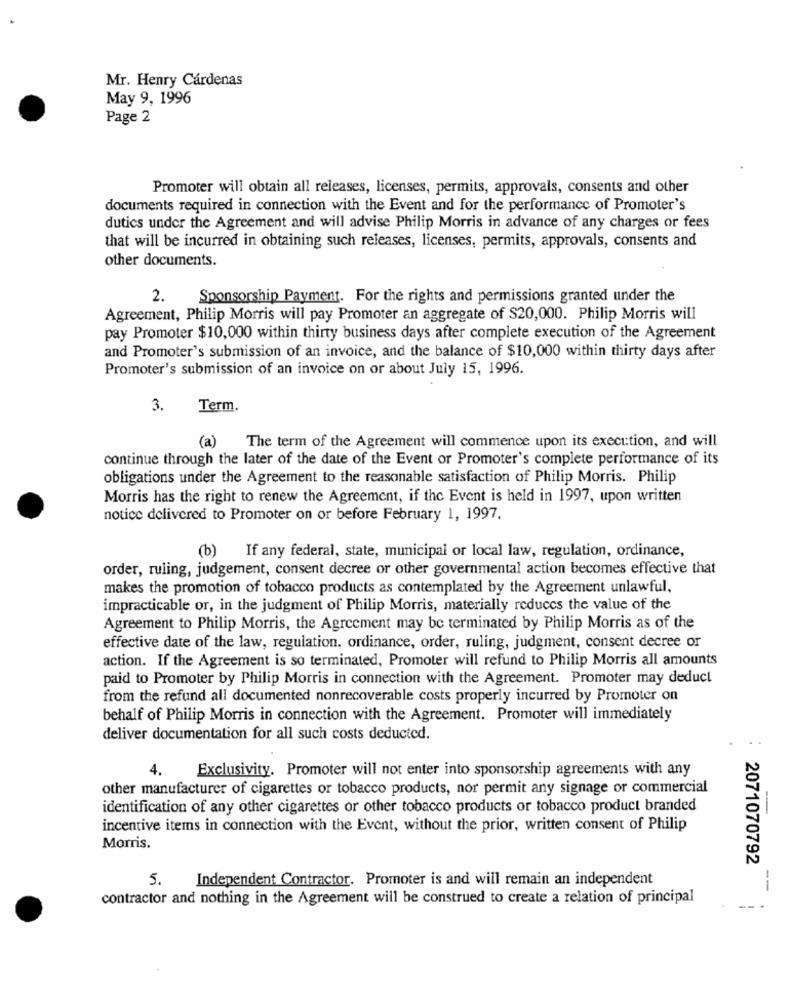
Mr. Henry Cárdenas
May 9, 1996
Page 2
Promoter will obtain all releases, licenses, permits, approvals, consents and other
documents required in connection with the Event and for the performance of Promoter's
dutics under the Agreement and will advise Philip Morris in advance of any charges or fees
that will be incurred in obtaining such releases, licenses, permits, approvals, consents and
other documents.
2.
Sponsorship Payment. For the rights and permissions granted under the
Agreement, Philip Morris will pay Promoter an aggregate of $20,000. Philip Morris will
pay Promoter $10,000 within thirty business days after complete execution of the Agreement
and Promoter's submission of an invoice, and the balance of $10,000 within thirty days after
Promoter's submission of an invoice on or about July 15, 1996.
3.
Term.
(a)
The term of the Agreement will commence upon its execution, and will
continue through the later of the date of the Event or Promoter's complete performance of its
obligations under the Agreement to the reasonable satisfaction of Philip Morris. Philip
Morris has the right to renew the Agreement, if the Event is held in 1997, upon written
notice delivered to Promoter on or before February 1, 1997.
(b)
If any federal, state, municipal or local law, regulation, ordinance,
order, ruling, judgement, consent decree or other governmental action becomes effective that
makes the promotion of tobacco products as contemplated by the Agreement unlawful,
impracticable or, in the judgment of Philip Morris, materially reduces the value of the
Agreement to Philip Morris, the Agreement may be terminated by Philip Morris as of the
effective date of the law, regulation, ordinance, order, ruling, judgment, consent decree or
action. If the Agreement is so terminated, Promoter will refund to Philip Morris all amounts
paid to Promoter by Philip Morris in connection with the Agreement. Promoter may deduct
from the refund all documented nonrecoverable costs properly incurred by Promoter on
behalf of Philip Morris in connection with the Agreement. Promoter will immediately
deliver documentation for all such costs deducted.
4.
Exclusivity. Promoter will not enter into sponsorship agreements with any
other manufacturer of cigarettes or tobacco products, nor permit any signage or commercial
identification of any other cigarettes or other tobacco products or tobacco product branded
incentive items in connection with the Event, without the prior, written consent of Philip
Morris.
2071070792
5.
Independent Contractor. Promoter is and will remain an independent
--
contractor and nothing in the Agreement will be construed to create a relation of principal